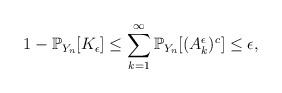
LaTeX: \begin{align*} 1-\mathbb{P}_{Y_n}[K_{\epsilon}] \leq \sum_{k=1}^{\infty}\mathbb P_{Y_n}[(A_k^{\epsilon})^c]\leq \epsilon,\end{align*}